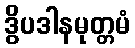
ဒွိပဒါနမုတ္တမံ